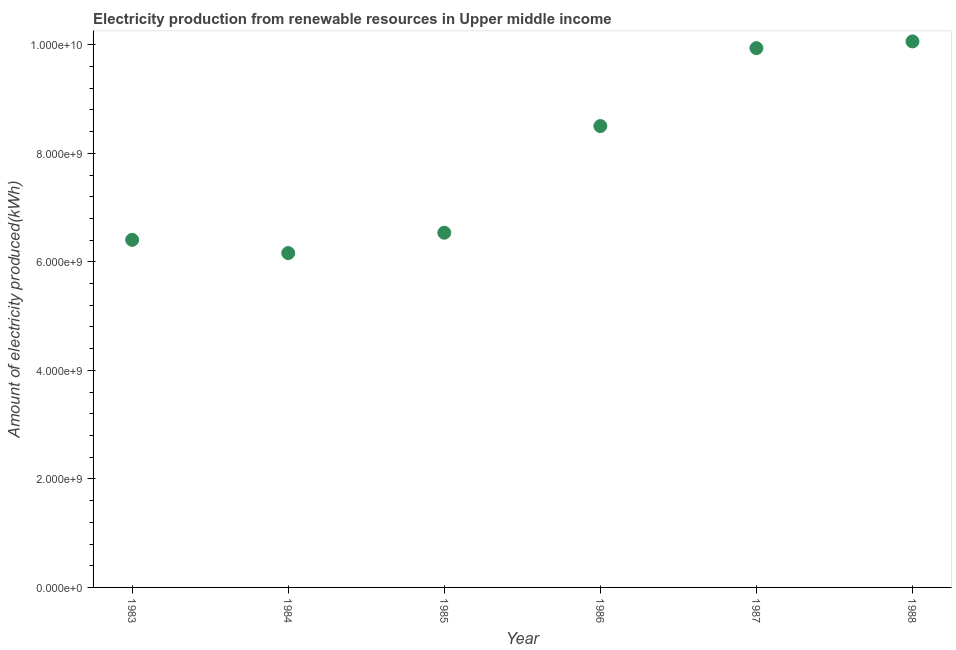
| Year | Electricity production from renewable sources |
 | --- | --- |
 | 1983 | 6.41e+09 |
 | 1984 | 6.16e+09 |
 | 1985 | 6.54e+09 |
 | 1986 | 8.5e+09 |
 | 1987 | 9.94e+09 |
 | 1988 | 1.01e+10 |